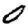
Digit: 0